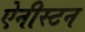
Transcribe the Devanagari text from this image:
ऐनीस्टन